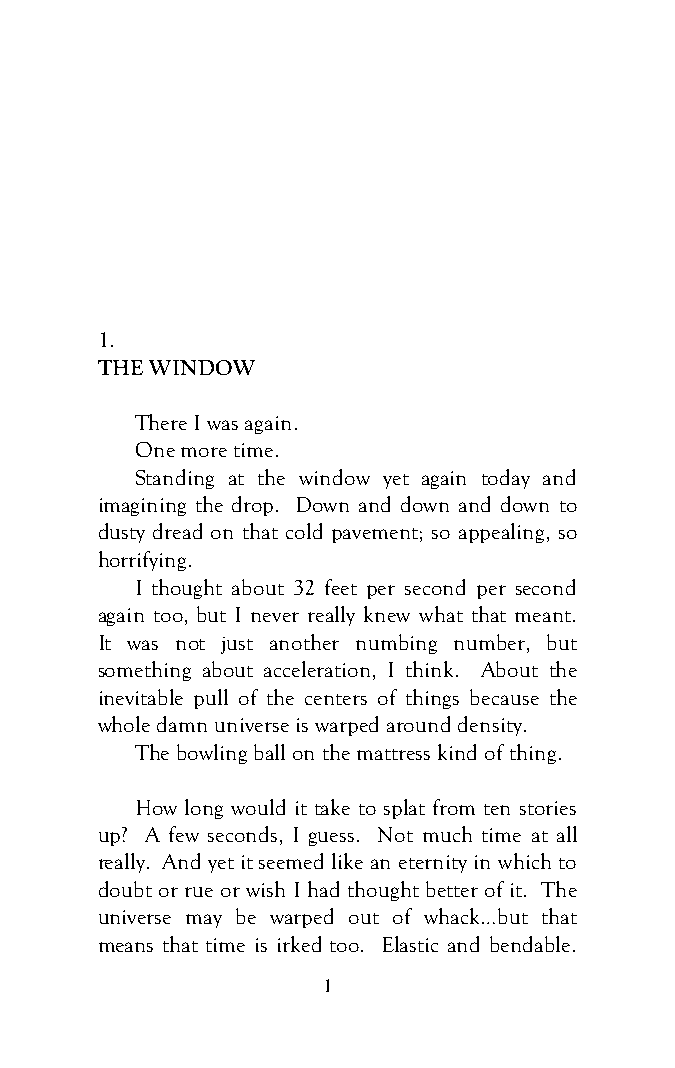
1.
 THE WINDOW
 There I was again.
 One more time.
 Standing at the window yet again today and
 imagining the drop. Down and down and down to
 dusty dread on that cold pavement; so appealing, so
 horrifying.
 I thought about 32 feet per second per second
 again too, but I never really knew what that meant.
 It was not just another numbing number, but
 something about acceleration, I think. About the
 inevitable pull of the centers of things because the
 whole damn universe is warped around density.
 The bowling ball on the mattress kind of thing.
 How long would it take to splat from ten stories
 up? A few seconds, I guess. Not much time at all
 really. And yet it seemed like an eternity in which to
 doubt or rue or wish I had thought better of it. The
 universe may be warped out of whack…but that
 means that time is irked too. Elastic and bendable.
 1